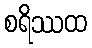
စရိဿထ